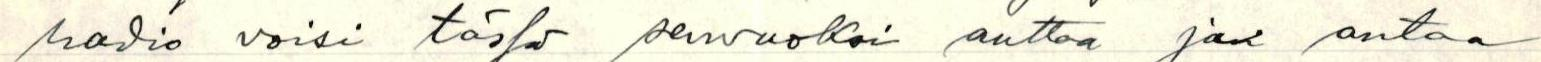
radio voisi tässä senvuoksi auttaa ja antaa